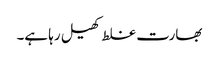
بھارت غلط کھیل رہا ہے۔